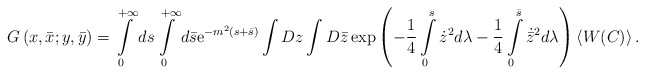
\begin{align*}G\left(x,\bar x;y,\bar y\right)=\int\limits_0^{+\infty}ds\int\limits_0^{+\infty}d\bar s{\rm e}^{-m^2\left(s+\bar s\right)}\int Dz\int D\bar z\exp\left(-\frac14\int\limits_0^s\dot z^2 d\lambda-\frac14\int\limits_0^{\bar s}\dot{\bar z}^2d\lambda\right)\left<W(C)\right>.\end{align*}